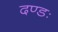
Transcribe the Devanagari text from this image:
दण्डः